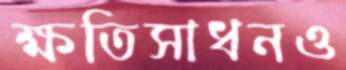
ক্ষতিসাধনও